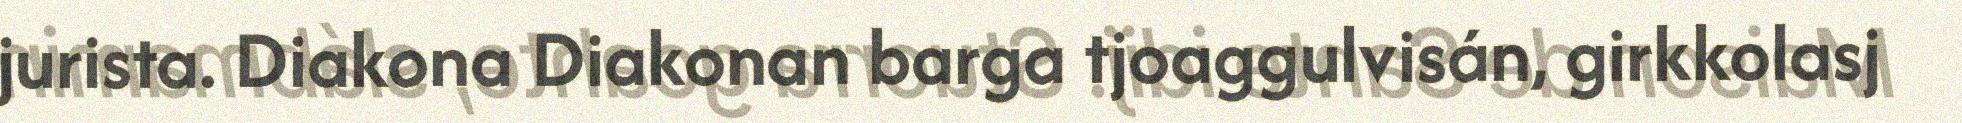
jurista. Diakona Diakonan barga tjoaggulvisán, girkkolasj